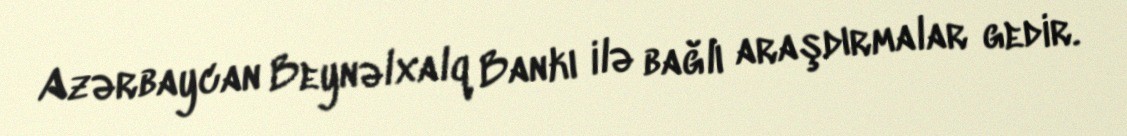
Azərbaycan Beynəlxalq Bankı ilə bağlı araşdırmalar gedir.